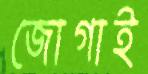
জোগাই